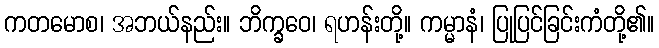
ကတမောစ၊ အဘယ်နည်း။ ဘိက္ခဝေ၊ ရဟန်းတို့။ ကမ္မာနံ၊ ပြုပြင်ခြင်းကံတို့၏။